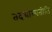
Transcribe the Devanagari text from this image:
तदधारयतीति